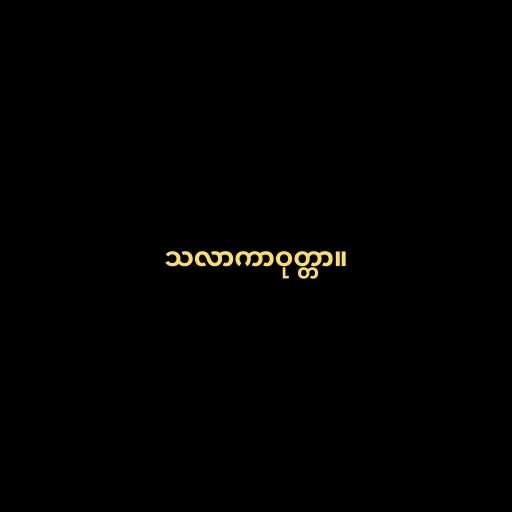
သလာကာဝုတ္တာ။